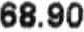
68.90